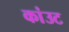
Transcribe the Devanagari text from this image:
कांउट